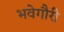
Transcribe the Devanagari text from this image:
भवेगौरी